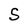
Character: S